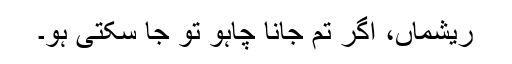
ریشماں، اگر تم جانا چاہو تو جا سکتی ہو۔